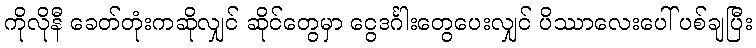
ကိုလိုနီ ခေတ်တုံးကဆိုလျှင် ဆိုင်တွေမှာ ငွေဒင်္ဂါးတွေပေးလျှင် ပိဿာလေးပေါ် ပစ်ချပြီး